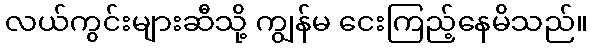
လယ်ကွင်းများဆီသို့ ကျွန်မ ငေးကြည့်နေမိသည်။